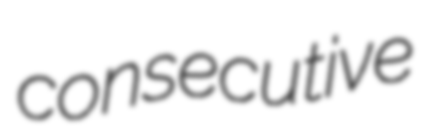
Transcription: consecutive